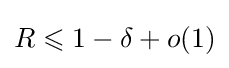
R\leqslant 1-\delta +o(1)